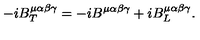
- i B _ { T } ^ { \mu \alpha \beta \gamma } = - i B ^ { \mu \alpha \beta \gamma } + i B _ { L } ^ { \mu \alpha \beta \gamma } .